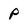
Character: P